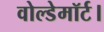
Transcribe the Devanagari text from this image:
वोल्डेमॉर्ट।